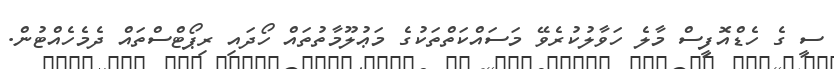
ސީ ގެ ހެޑްއޮފީސް މާލެ ހަވާލުކުރެވޭ މަސައްކަތްތަކުގެ މަޢުލޫމާތުތައް ހޯދައި ރިޕޯޓްސްތައް ދެމެހެއްޓުން.